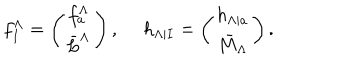
f _ { I } ^ { \Lambda } = \left( \begin{matrix} { { f _ { a } ^ { \Lambda } } } \\ { { \bar { L } ^ { \Lambda } } } \\ \end{matrix} \right) , \ h _ { \Lambda | I } = \left( \begin{matrix} { { h _ { \Lambda | a } } } \\ { { \bar { M } _ { \Lambda } } } \\ \end{matrix} \right) .